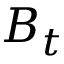
B _ { t }